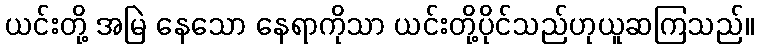
ယင်းတို့ အမြဲ နေသော နေရာကိုသာ ယင်းတို့ပိုင်သည်ဟုယူဆကြသည်။